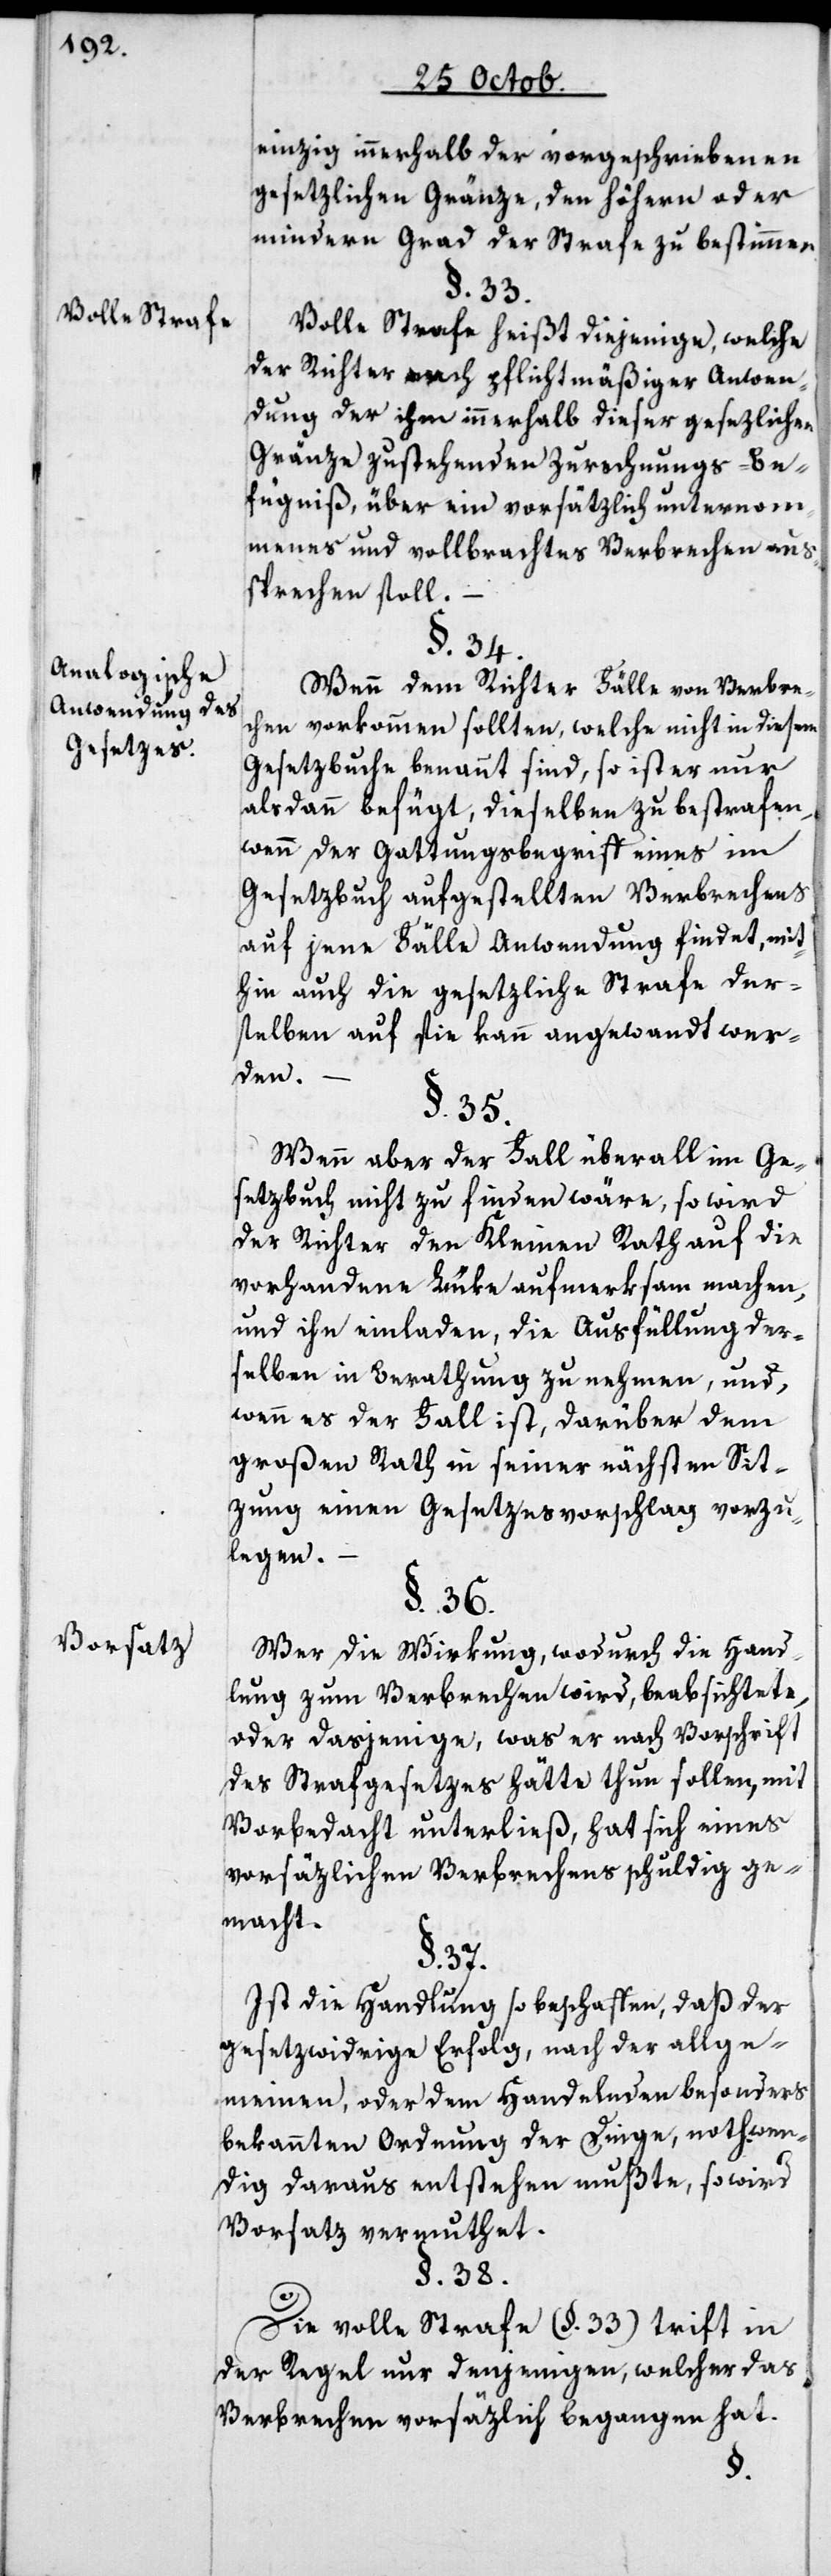
Volle Strafe.
Analogische
Anwendung des
Gesetzes.
Vorsatz.

einzig innerhalb der vorgeschriebenen
gesetzlichen Gränze, den höhern oder
mindern Grad der Strafe zu bestimmen.
§. 33.
Volle Strafe heißt diejenige, welche
der Richter nach pflichtmäßiger Anwen¬
dung der ihm innerhalb dieser gesetzlichen
Gränze zustehenden Zurechnungs-Be¬
fugniß über ein vorsätzlich unternom¬
menes und vollbrachtes Verbrechen aus¬
sprechen soll.
§. 34.
Wenn dem Richter Fälle von Verbre¬
chen vorkommen sollten, welche nicht in diesem
Gesetzbuche benannt sind, so ist er nur
alsdann befügt, dieselben zu bestrafen,
wenn der Gattungsbegriff eines im
Gesetzbuch aufgestellten Verbrechens
auf jene Fälle Anwendung findet, mit¬
hin auch die gesetzliche Strafe der¬
selben auf sie kann angewandt wer¬
den.
§. 35.
Wenn aber der Fall überall im Ge¬
setzbuch nicht zu finden wäre, so wird
der Richter den Kleinen Rath auf die
vorhandene Lüke aufmerksam machen,
und ihn einladen, die Ausfüllung der¬
selben in Berathung zu nehmen, und,
wenn es der Fall ist, darüber dem
Großen Rath in seiner nächsten Sit¬
zung einen Gesetzesvorschlag vorzu¬
legen.
§. 36.
Wer die Wirkung, wodurch die Hand¬
lung zum Verbrechen wird, beabsichtete,
oder dasjenige, was er nach Vorschrift
des Strafgesetzes hätte thun sollen, mit
Vorbedacht unterließ, hat sich eines
vorsäzlichen Verbrechens schuldig ge¬
macht.
§. 37.
Ist die Handlung so beschaffen, daß der
gesetzwidrige Erfolg, nach der allge¬
meinen oder dem Handelnden besonders
bekannten Ordnung der Dinge, nothwen¬
dig daraus entstehen müßte, so wird
Vorsatz vermuthet.
§. 38.
Die volle Strafe (§. 33) trifft in
der Regel nur denjenigen, welcher das
Verbrechen vorsätzlich begangen hat.